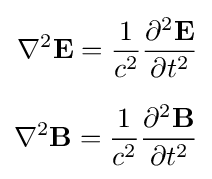
{\begin{aligned}\nabla ^{2}\mathbf {E} ={\frac {1}{c^{2}}}{\frac {\partial ^{2}\mathbf {E} }{\partial t^{2}}}\\[6pt]\nabla ^{2}\mathbf {B} ={\frac {1}{c^{2}}}{\frac {\partial ^{2}\mathbf {B} }{\partial t^{2}}}\end{aligned}}